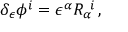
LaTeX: \delta _ { \epsilon } \phi ^ { i } = \epsilon ^ { \alpha } R _ { \alpha } ^ { \ i } \, ,